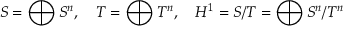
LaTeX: S = \bigoplus S ^ { n } , \quad T = \bigoplus T ^ { n } , \quad H ^ { 1 } = S / T = \bigoplus S ^ { n } / T ^ { n }